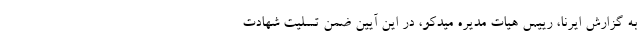
به گزارش ایرنا، رییس هیات مدیره میدکو، در این آیین ضمن تسلیت شهادت